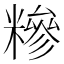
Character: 糝